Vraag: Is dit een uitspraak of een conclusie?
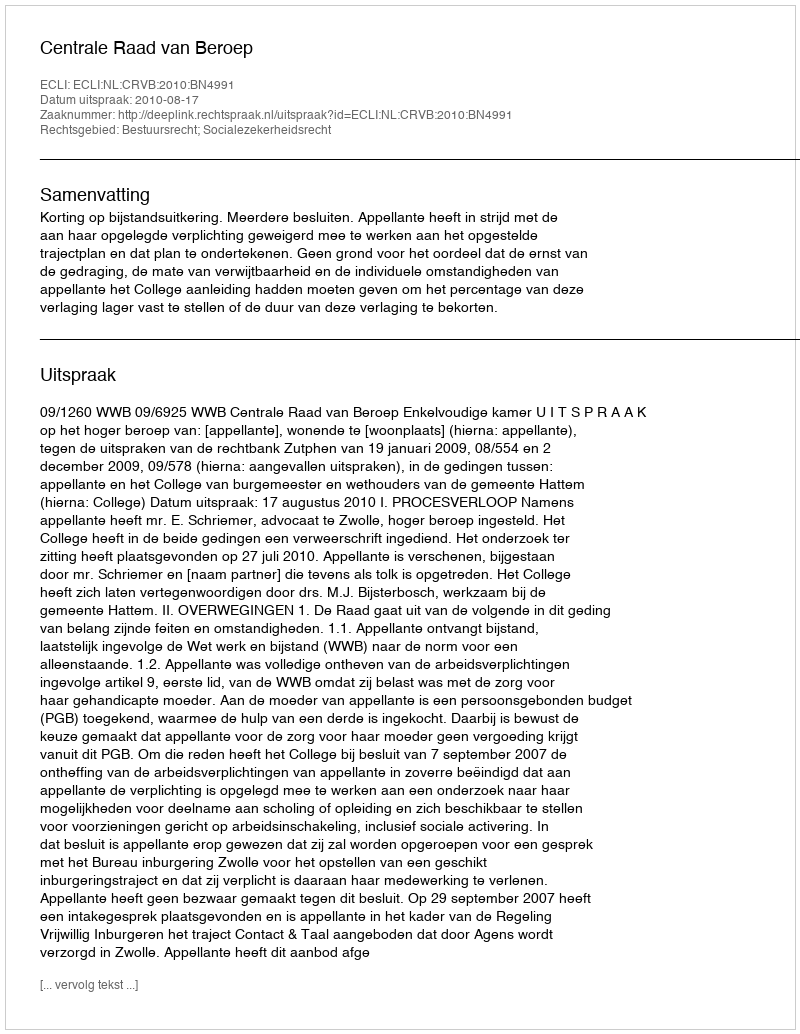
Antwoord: Uitspraak